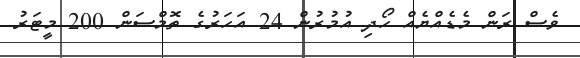
ވެސް ރަން މެޑެއްޔެއް ހޯދި އުމުރުން 24 އަހަރުގެ ތޮމްސަން 200 މީޓަރު